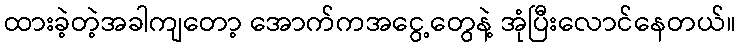
ထားခဲ့တဲ့အခါကျတော့ အောက်ကအငွေ့တွေနဲ့ အုံပြီးလောင်နေတယ်။